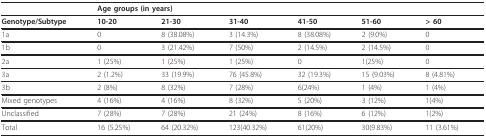
<table><thead><tr><td></td><td colspan="6"><b>Age groups (in years)</b></td></tr></thead><tbody><tr><td><b>Genotype/Subtype</b></td><td><b>10-20</b></td><td><b>21-30</b></td><td><b>31-40</b></td><td><b>41-50</b></td><td><b>51-60</b></td><td><b>&gt; 60</b></td></tr><tr><td>1a</td><td>0</td><td>8 (38.08%)</td><td>3 (14.3%)</td><td>8 (38.08%)</td><td>2 (9.0%)</td><td>0</td></tr><tr><td>1b</td><td>0</td><td>3 (21.42%)</td><td>7 (50%)</td><td>2 (14.5%)</td><td>2 (14.5%)</td><td>0</td></tr><tr><td>2a</td><td>1 (25%)</td><td>1 (25%)</td><td>1 (25%)</td><td>0</td><td>1(25%)</td><td>0</td></tr><tr><td>3a</td><td>2 (1.2%)</td><td>33 (19.9%)</td><td>76 (45.8%)</td><td>32 (19.3%)</td><td>15 (9.03%)</td><td>8 (4.81%)</td></tr><tr><td>3b</td><td>2 (8%)</td><td>8 (32%)</td><td>7 (28%)</td><td>6(24%)</td><td>1 (4%)</td><td>1 (4%)</td></tr><tr><td>Mixed genotypes</td><td>4 (16%)</td><td>4 (16%)</td><td>8 (32%)</td><td>5 (20%)</td><td>3 (12%)</td><td>1(4%)</td></tr><tr><td>Unclassified</td><td>7 (28%)</td><td>7 (28%)</td><td>21 (24%)</td><td>8 (16%)</td><td>6 (12%)</td><td>1(2%)</td></tr><tr><td>Total</td><td>16 (5.25%)</td><td>64 (20.32%)</td><td>123(40.32%)</td><td>61(20%)</td><td>30(9.83%)</td><td>11 (3.61%)</td></tr></tbody></table>